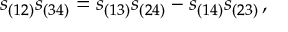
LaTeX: s _ { ( 1 2 ) } s _ { ( 3 4 ) } = s _ { ( 1 3 ) } s _ { ( 2 4 ) } - s _ { ( 1 4 ) } s _ { ( 2 3 ) } \, ,